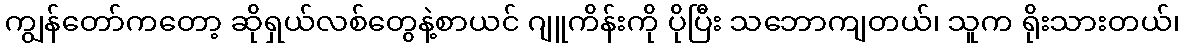
ကျွန်တော်ကတော့ ဆိုရှယ်လစ်တွေနဲ့စာယင် ဂျူကိန်းကို ပိုပြီး သဘောကျတယ်၊ သူက ရိုးသားတယ်၊